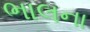
ભાલના